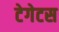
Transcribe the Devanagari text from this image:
टेगेटस